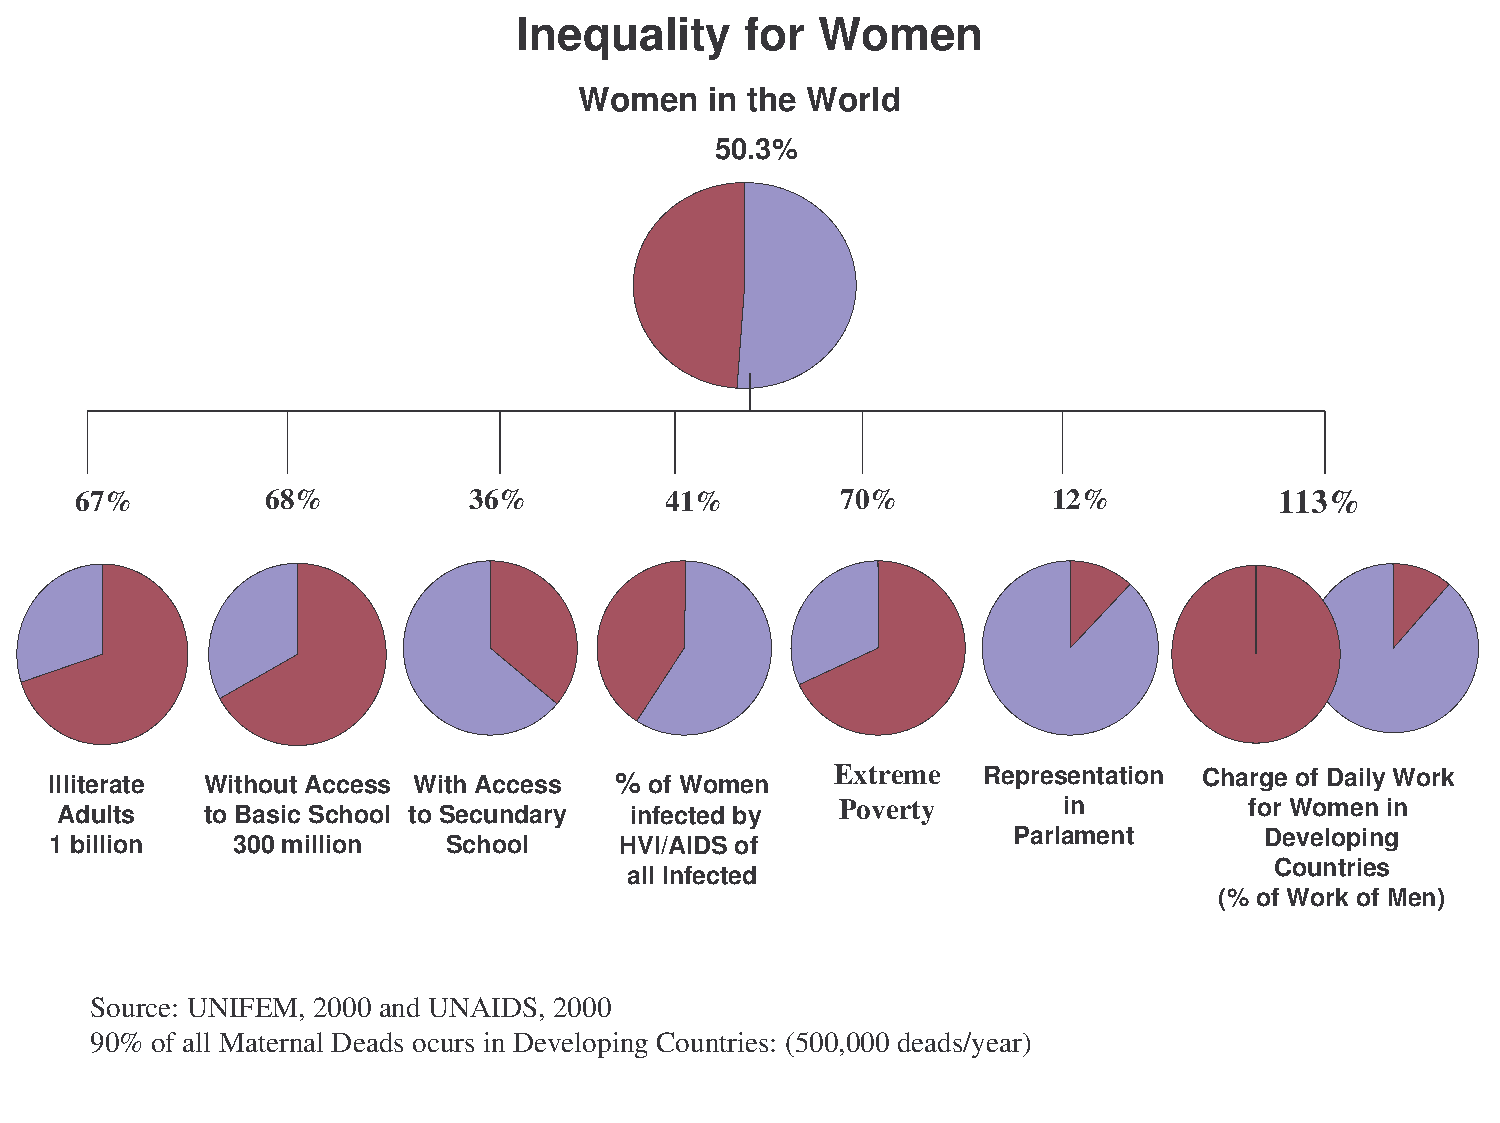
Inequality     for  Women
 Women    in the World
 50.3%
 67%          68%          36%          41%         70%           12%            113%
 Illiterate Without Access With Access % of Women    Extreme   Representation Charge of Daily Work
 Poverty       in           for Women in
 Adults   to Basic School to Secundary infected by
 Parlament        Developing
 1 billion   300 million    School     HVI/AIDS of
 Countries
 all Infected
 (% of Work of Men)
 Source: UNIFEM, 2000 and UNAIDS, 2000
 90% of all Maternal Deads ocurs in Developing Countries: (500,000 deads/year)